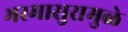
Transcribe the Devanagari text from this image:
भस्मासुरामुळे